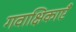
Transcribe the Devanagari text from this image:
गवाक्षिकाएँ